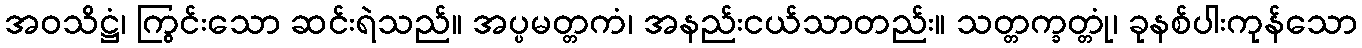
အဝသိဋ္ဌံ၊ ကြွင်းသော ဆင်းရဲသည်။ အပ္ပမတ္တကံ၊ အနည်းငယ်သာတည်း။ သတ္တက္ခတ္တုံ၊ ခုနစ်ပါးကုန်သော